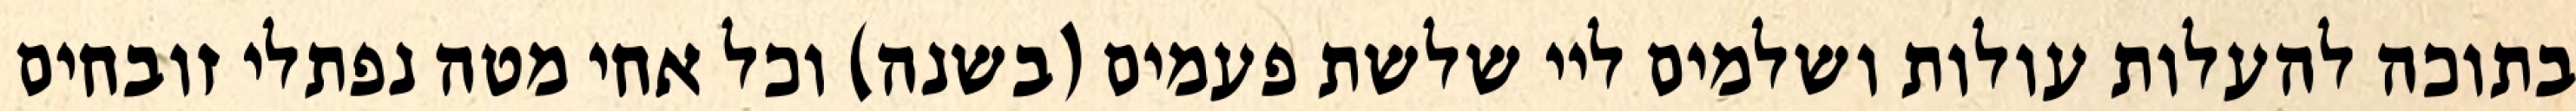
בתוכה להעלות עולות ושלמים ליי שלשת פעמים (בשנה) וכל אחי מטה נפתלי זובחים